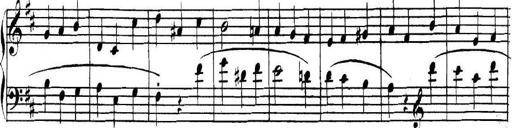
Title: Collected Piano Sonatas
Composer: Muzio Clementi